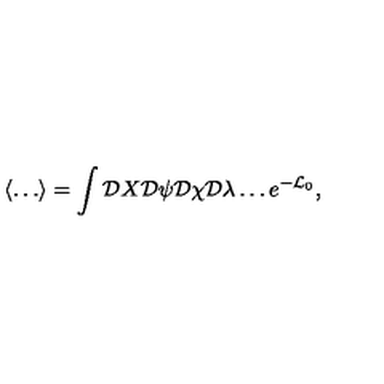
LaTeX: \left\langle \ldots \right\rangle = \int { \cal D } X { \cal D } \psi { \cal D } \chi { \cal D } \lambda \ldots e ^ { - { \cal L } _ { 0 } } ,